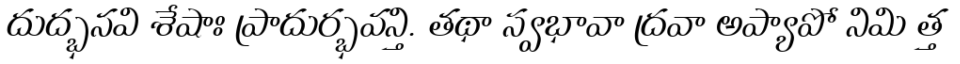
దుద్భనవి శేషాః ప్రాదుర్భవన్తి. తథా స్వభావా ద్రవా అప్యాపో నిమి త్త